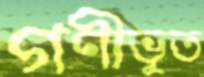
গণীভূত